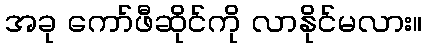
အခု ကော်ဖီဆိုင်ကို လာနိုင်မလား။